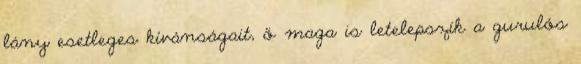
lány esetleges kívánságait, ő maga is letelepszik a gurulós